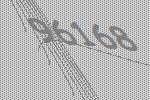
96168